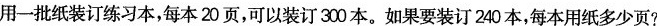
用一批纸装订练习本，每本20页，可以装订30本。如果要装订240本，每本用纸多少页?